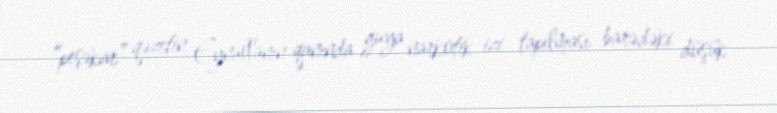
“peşəkar” qəzetin Eynullanın qanında guya narkotik izi tapılması barədəki düşük